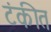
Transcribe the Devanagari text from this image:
टंकीत